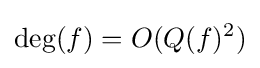
\deg(f)=O(Q(f)^{2})